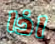
اذا